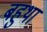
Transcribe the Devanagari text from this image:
बहुथा